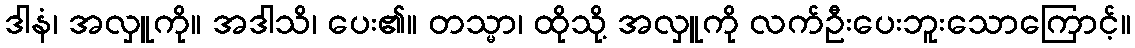
ဒါနံ၊ အလှူကို။ အဒါသိ၊ ပေး၏။ တသ္မာ၊ ထိုသို့ အလှူကို လက်ဦးပေးဘူးသောကြောင့်။